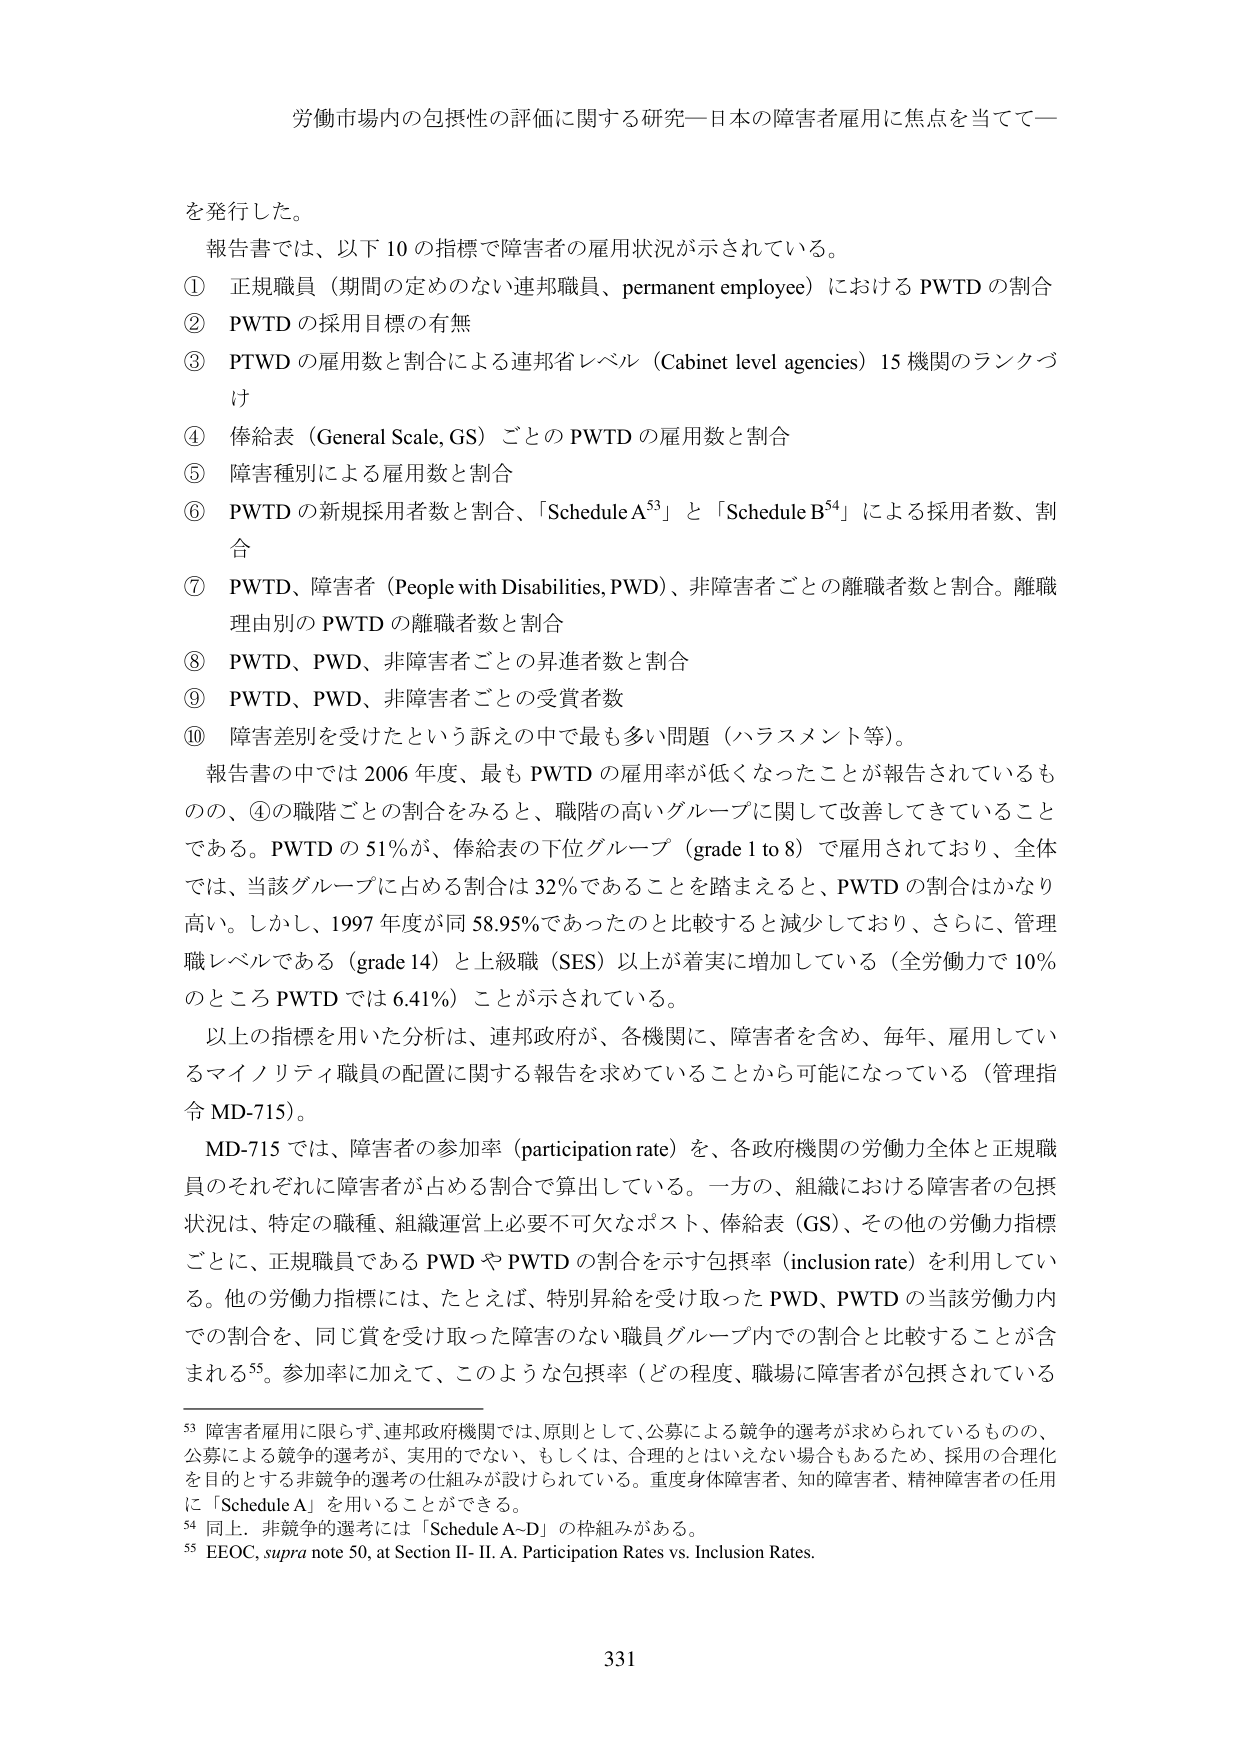
労働市場内の包摂性の評価に関する研究―日本の障害者雇用に焦点を当てて―

を発行した。
報告書では、以下10の指標で障害者の雇用状況が示されている。
① 正規職員（期間の定めのない連邦職員、permanent employee）におけるPWTDの割合
② PWTDの採用目標の有無
③ PTWDの雇用数と割合による連邦省レベル（Cabinet level agencies）15機関のランクづけ
④ 俸給表（General Scale, GS）ごとのPWTDの雇用数と割合
⑤ 障害種別による雇用数と割合
⑥ PWTDの新規採用者数と割合、「Schedule A⁵³」と「Schedule B⁵⁴」による採用者数、割合
⑦ PWTD、障害者（People with Disabilities, PWD）、非障害者ごとの離職者数と割合。離職理由別のPWTDの離職者数と割合
⑧ PWTD、PWD、非障害者ごとの昇進者数と割合
⑨ PWTD、PWD、非障害者ごとの受賞者数
⑩ 障害差別を受けたという訴えの中で最も多い問題（ハラスメント等）。
報告書の中では2006年度、最もPWTDの雇用率が低くなったことが報告されているものの、④の職階ごとの割合をみると、職階の高いグループに関して改善してきていることである。PWTDの51％が、俸給表の下位グループ（grade 1 to 8）で雇用されており、全体では、当該グループに占める割合は32％であることを踏まえると、PWTDの割合はかなり高い。しかし、1997年度が同58.95％であったのと比較すると減少しており、さらに、管理職レベルである（grade 14）と上級職（SES）以上が着実に増加している（全労働力で10％のところPWTDでは6.41％）ことが示されている。
以上の指標を用いた分析は、連邦政府が、各機関に、障害者を含め、毎年、雇用しているマイノリティ職員の配置に関する報告を求めていることから可能になっている（管理指令MD-715）。
MD-715では、障害者の参加率（participation rate）を、各政府機関の労働力全体と正規職員のそれぞれに障害者が占める割合で算出している。一方の、組織における障害者の包摂状況は、特定の職種、組織運営上必要不可欠なポスト、俸給表（GS）、その他の労働力指標ごとに、正規職員であるPWDやPWTDの割合を示す包摂率（inclusion rate）を利用している。他の労働力指標には、たとえば、特別昇給を受け取ったPWD、PWTDの当該労働力内での割合を、同じ賞を受け取った障害のない職員グループ内での割合と比較することが含まれる⁵⁵。参加率に加えて、このような包摂率（どの程度、職場に障害者が包摂されている

⁵³ 障害者雇用に限らず、連邦政府機関では、原則として、公募による競争的選考が求められているものの、公募による競争的選考が、実用的でない、もしくは、合理的とはいえない場合もあるため、採用の合理化を目的とする非競争的選考の仕組みが設けられている。重度身体障害者、知的障害者、精神障害者の任用に「Schedule A」を用いることができる。
⁵⁴ 同上。非競争的選考には「Schedule A-D」の枠組みがある。
⁵⁵ EEOC, supra note 50, at Section II- II. A. Participation Rates vs. Inclusion Rates.

331